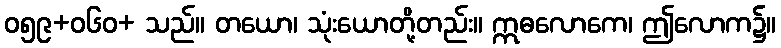
ဝ၅၉+၀၆ဝ+ သည်။ တယော၊ သုံးယောတို့တည်း။ ဣဓလောကေ၊ ဤလောက၌။